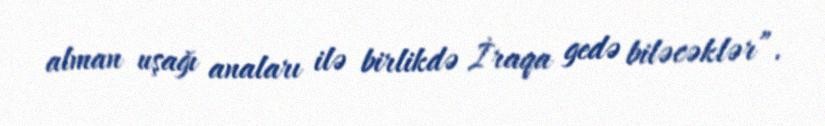
alman uşağı anaları ilə birlikdə İraqa gedə biləcəklər”.